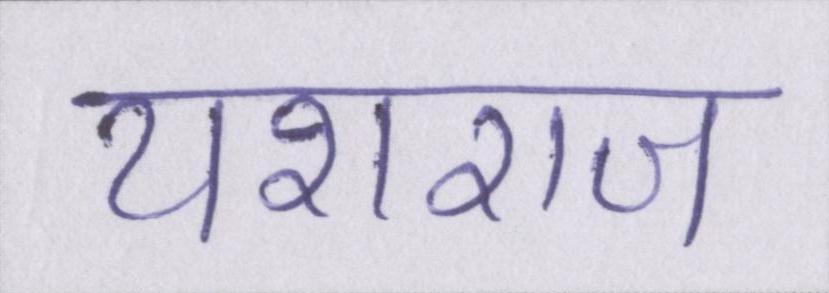
यशराज